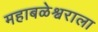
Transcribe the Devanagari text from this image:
महाबळेश्वराला